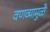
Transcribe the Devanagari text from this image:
वणव्यामुळे